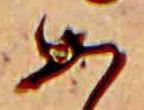
あ